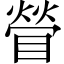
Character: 䁝